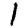
Digit: 1